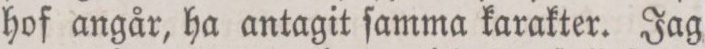
hof angår, ha antagit ſamma karakter. Jag